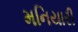
મનિયારી